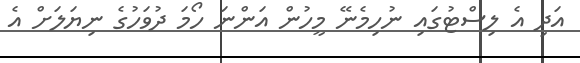
އަދި އެ ލިސްޓުގައި ނުހިމެނޭ މީހުން އަންނަ ހޯމަ ދުވަހުގެ ނިޔަލަށް އެ